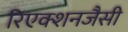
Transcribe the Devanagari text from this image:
रिएक्शनजैसी